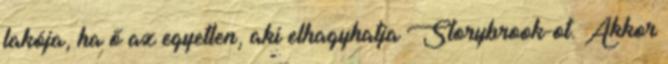
lakója, ha ő az egyetlen, aki elhagyhatja Storybrook-ot. Akkor